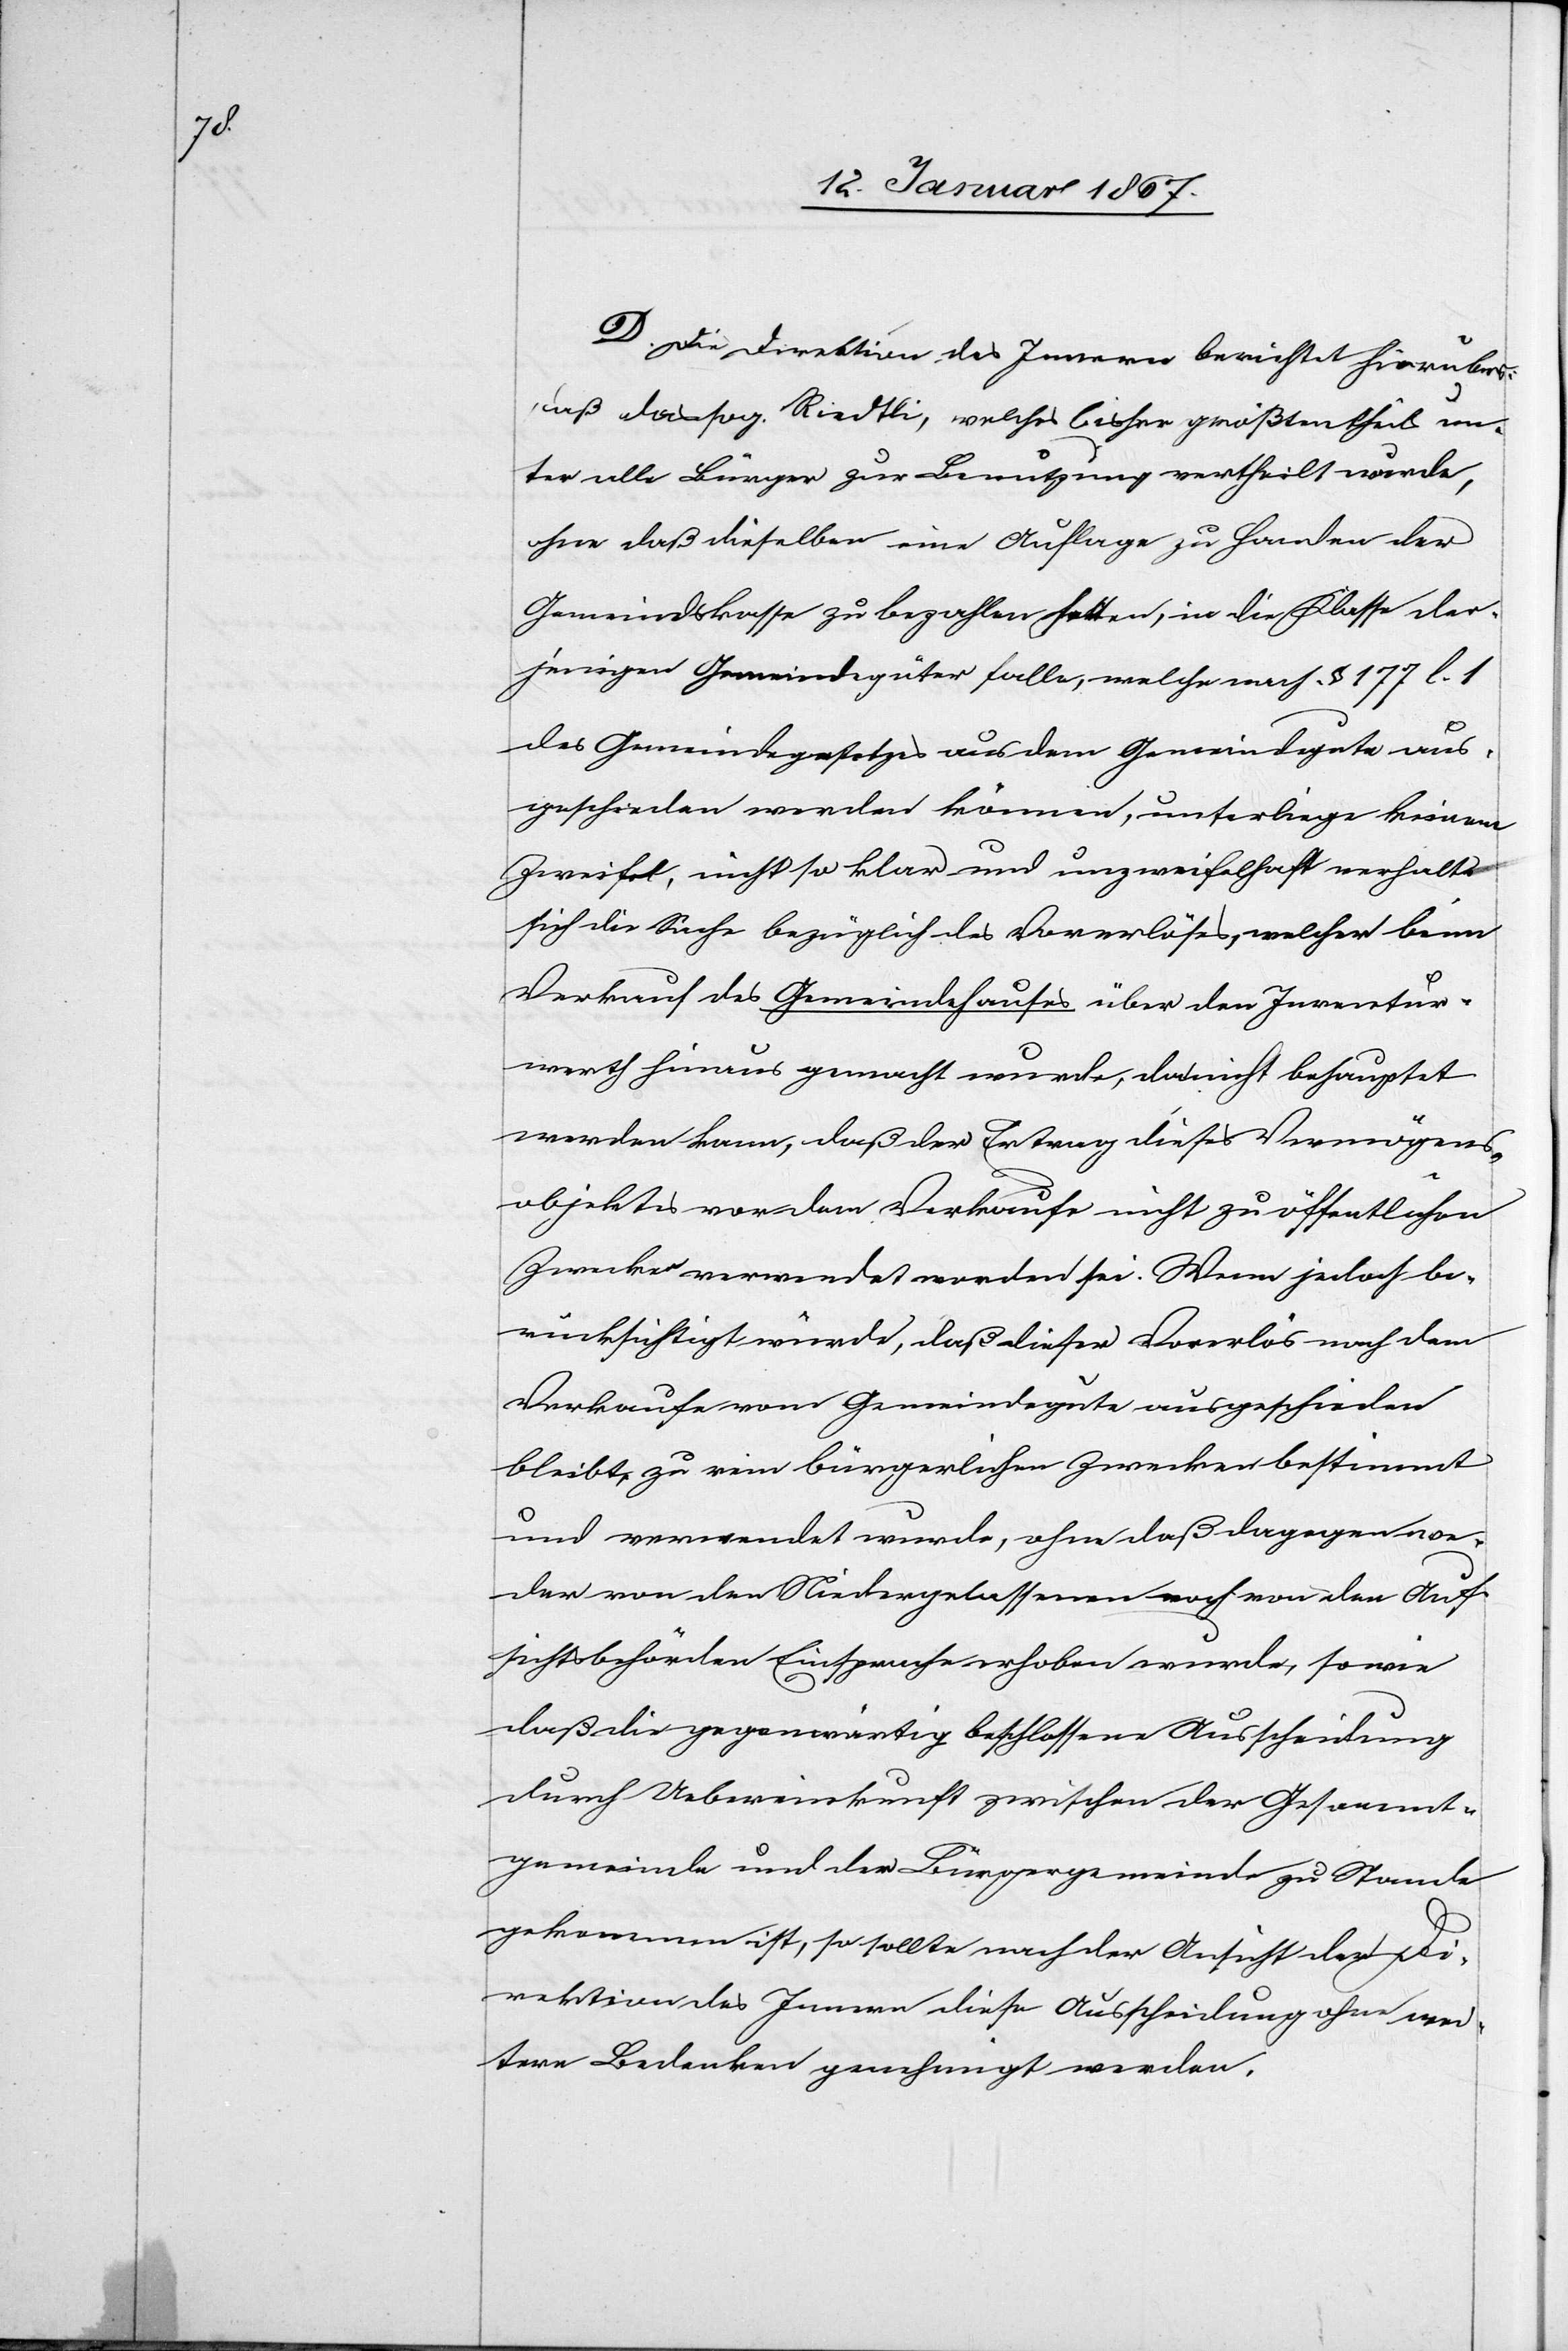
D. Die Direktion des Innern berichtet hierüber:
daß das sog. Riedtli, welches bisher größtentheils un¬
ter alle Bürger zu Benutzung vertheilt wurde,
ohne daß dieselben eine Auflage zu Handen der
Gemeindskasse zu bezahlen hatten, in die Klasse der¬
jenigen Gemeindegüter falle, welche nach § 177 l. 1
des Gemeindegesetzes aus dem Gemeindgute aus¬
geschieden werden können, unterliege keinem
Zweifel, nicht so klar und unzweifelhaft verhalte
sich die Sache bezüglich des Vorerlöses, welcher beim
Verkauf des Gemeindehauses über den Inventur¬
werth hinaus gemacht wurde, da nicht behauptet
werden kann, daß der Ertrag dieses Vermögens¬
objektes vor dem Verkaufe nicht zu öffentlichen
Zwecken verwendet worden sei. Wenn jedoch be¬
rücksichtigt würde, daß dieser Vorerlös nach dem
Verkaufe vom Gemeindegute ausgeschieden
bleibt, zu rein bürgerlichen Zwecken bestimmt
und verwendet wurde, oder daß dagegen we¬
der von den Niedergelassenen noch von den Auf¬
sichtsbehörden Einsprache erhoben wurde, so wie
daß die gegenseitig beschlossene Ausscheidung
durch Uebereinkunft zwischen der Gesamt¬
gemeinde und der Bürgergemeinde zu Stande
gekommen ist, so sollte nach der Ansicht der Di¬
rektion des Innern diese Ausscheidung ohne wei¬
tere Bedenken genehmigt werden.